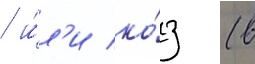
/ и́л'и ко́з (в